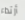
أرتداء